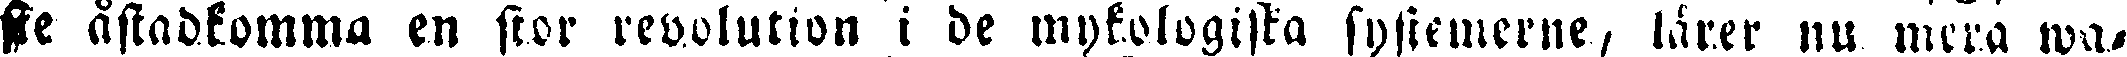
de åstadkomma en stor revolution i de mykologiska systemerne, lärer nu mera wa-